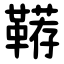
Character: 鞯